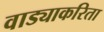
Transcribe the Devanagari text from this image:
वाड्याकरिता